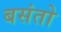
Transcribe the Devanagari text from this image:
बसंतो